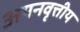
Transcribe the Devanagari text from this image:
अयनवृत्तीय